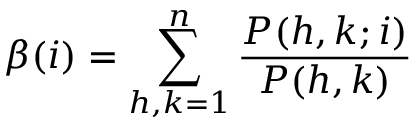
\beta ( i ) = \sum _ { h , k = 1 } ^ { n } \frac { P ( h , k ; i ) } { P ( h , k ) }